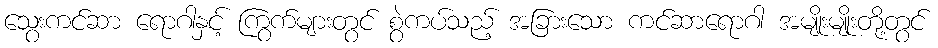
သွေးကင်ဆာ ရောဂါနှင့် ကြွက်များတွင် စွဲကပ်သည့် အခြားသော ကင်ဆာရောဂါ အမျိုးမျိုးတို့တွင်